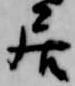
居